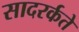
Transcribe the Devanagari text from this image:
सादरर्कते